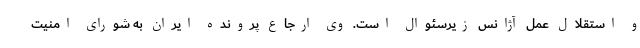
و استقلال عمل آژانس زیرسئوال است. وی ارجاع پرونده ایران به شورای امنیت